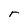
Character: r